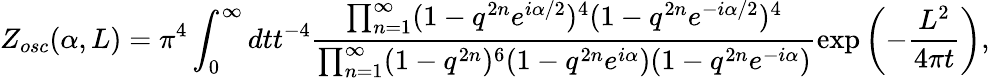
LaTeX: Z_{osc}(\alpha,L)=\pi^{4}\int_{0}^{\infty}dtt^{-4}\frac{\prod_{n=1}^{\infty}(1-q^{2n}e^{i\alpha/2})^{4}(1-q^{2n}e^{-i\alpha/2})^{4}}{\prod_{n=1}^{\infty}(1-q^{2n})^{6}(1-q^{2n}e^{i\alpha})(1-q^{2n}e^{-i\alpha})}\exp\left(-{\frac{L^{2}}{4\pi t}}\right),